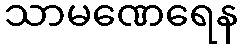
သာမဏေရေန